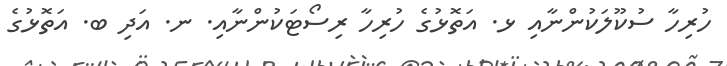
ހުރިހާ ސުކޫލަކުންނާއި ޅ. އަތޮޅުގެ ހުރިހާ ރިސޯޓަކުންނާއި. ނ. އަދި ބ. އަތޮޅުގެ